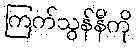
ကြက်သွန်နီကို